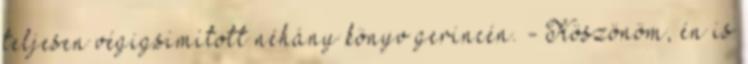
teljesen végigsimított néhány könyv gerincén. - Köszönöm, én is